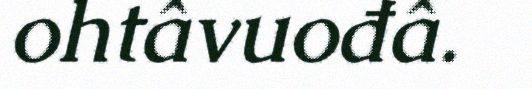
ohtâvuođâ.